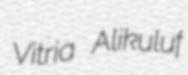
Vitria Alikuluf